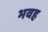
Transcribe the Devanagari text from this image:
भवह